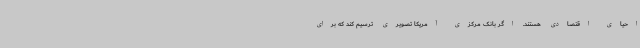
احیای اقتصادی هستند. اگر بانک مرکزی آمریکا تصویری ترسیم کند که برای